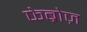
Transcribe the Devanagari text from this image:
फेब्रोज़